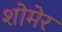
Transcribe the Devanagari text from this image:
शोमेर